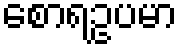
စောရဥပမာ